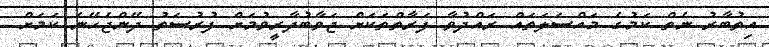
އިތުބާރު ނެތް ކަމުގެ މައްސަލަތައް ރައްދުވާ ފަރާތްތަކަށް ޖަވާބުދާރީވުމަށް ފުރުސަތު ދޭންޖެހޭނެ ކަމަށް